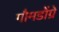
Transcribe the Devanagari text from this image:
गौमडोंग्रे